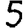
Digit: 5